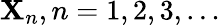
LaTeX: \mathbf{X}_{n},n=1,2,3,\dots